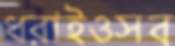
ধরাইওসব